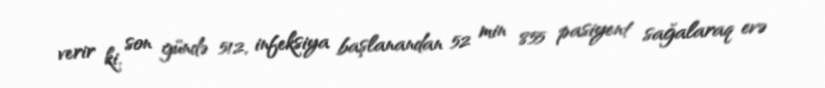
verir ki, son gündə 512, infeksiya başlanandan 52 min 855 pasiyent sağalaraq evə